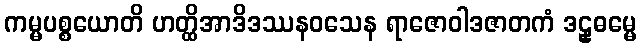
ကမ္မပစ္စယောတိ ဟတ္ထိအာဒိဒဿနဝသေန ရာဇောဝါဒဇာတကံ ဒဠှဓမ္မေ